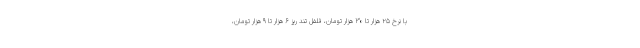
با نرخ ۲۵ هزار تا ۳۰ هزار تومان، فلفل تند ریز ۶ هزار تا ۹ هزار تومان،